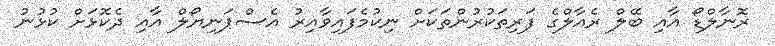
ރޮނާލްޑޯ އާއި ބޭލް ރެއާލްގެ ފަރިތަކުރުންތަކަށް ނިކުމެފައިވާއިރު އެސްޕަނިޔޯލް އާއި ދެކޮޅަށް ކުޅުނު